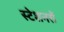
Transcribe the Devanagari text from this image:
स्टेशनरों